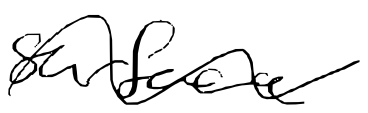
Text: surface
Cross-out: wave
Writing tool: digital_black